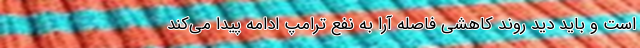
است و باید دید روند کاهشی فاصله آرا به نفع ترامپ ادامه پیدا می‌کند